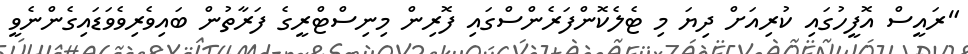
"ރައީސް އޮފީހުގައި ކުރިއަށް ދިޔަ މި ޓެލެކޮންފަރެންސްގައި ފޮރިން މިނިސްޓްރީގެ ފަރާތުން ބައިވެރިވެވަޑައިގެންނެވީ